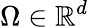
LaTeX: \Omega\in\mathbb{R}^{d}